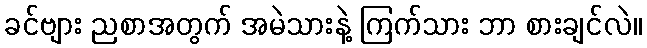
ခင်ဗျား ညစာအတွက် အမဲသားနဲ့ ကြက်သား ဘာ စားချင်လဲ။